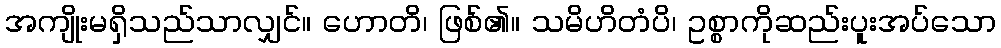
အကျိုးမရှိသည်သာလျှင်။ ဟောတိ၊ ဖြစ်၏။ သမိဟိတံပိ၊ ဥစ္စာကိုဆည်းပူးအပ်သော